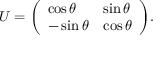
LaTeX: U = { \left( \begin{array} { l l } { \cos \theta } & { \sin \theta } \\ { - \sin \theta } & { \cos \theta } \end{array} \right) } .